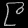
Digit: ၉